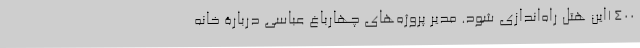
1400این هتل راه‌اندازی شود. مدیر پروژه‌های چهارباغ عباسی دربارۀ خانه